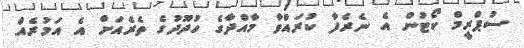
ސުޕްރީމް ކޯޓުން އެ ނެރެފާ ކުރައްވާ މާއްދާގެ ހުދޫދުގެ ތެރެއަށް އެ އަމުރެއް